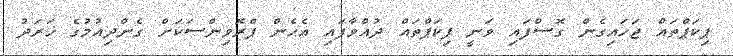
ޕިކަޕްތައް ޖަހައިގެން ގޮސްފައި ވަނީ ޕިކަޕްތައް ދުއްވާފައި އެހެން ޕްރޮވިންސަަކަށް ގެންދިއުމުގެ ޚަރަދު